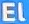
El